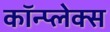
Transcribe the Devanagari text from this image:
कॉन्प्लेक्स